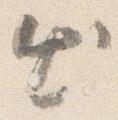
出